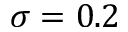
\sigma = 0 . 2